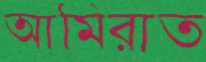
আমিরাত